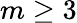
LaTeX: m\geq 3